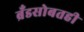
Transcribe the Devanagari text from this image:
ब्रँडसोबतही